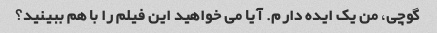
گوچی، من یک ایده دارم. آیا می خواهید این فیلم را با هم ببینید؟